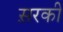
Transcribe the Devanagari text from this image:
स़रकी